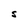
Character: S